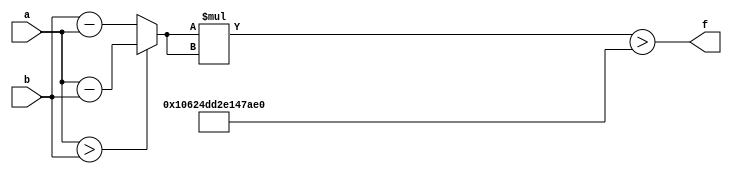
module maxse_mit(a, b, f);
parameter _bit = 33;
parameter maxse = 73786976277658336;
input [_bit - 1: 0] a;
input [_bit - 1: 0] b;
output f;
wire [_bit - 1: 0] diff;
wire [_bit * 2 - 1: 0] se;
assign diff = (a > b)? (a - b): (b - a);
assign se = diff * diff;
assign f = (se > maxse);
endmodule